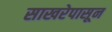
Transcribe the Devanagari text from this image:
साखरेपासून